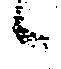
候